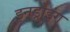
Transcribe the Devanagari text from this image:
इनड्रोइंग